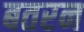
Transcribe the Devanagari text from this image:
बतरन